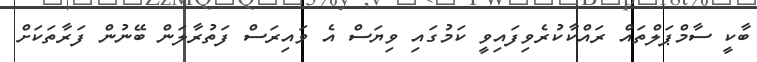
ބާކީ ސާމްޕަލްތައް ރައްކާކުރެވިފައިވީ ކަމުގައި ވިޔަސް އެ ވައިރަސް ފަތުރާލަން ބޭނުން ފަރާތަކަށް